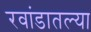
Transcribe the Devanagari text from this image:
रवांडातल्‍या